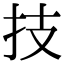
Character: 技